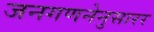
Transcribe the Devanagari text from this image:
जनगणनेनुसारर